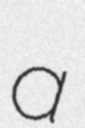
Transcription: a